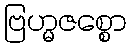
ဗြဟ္မဇစ္စော